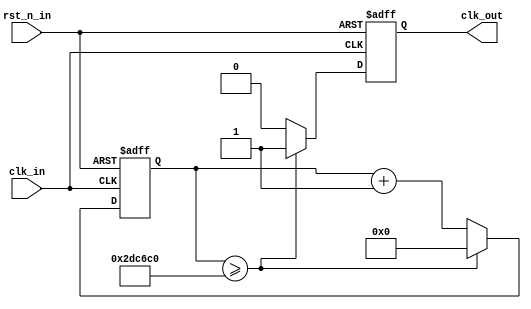
// --------------------------------------------------------------------
// >>>>>>>>>>>>>>>>>>>>>>>>> COPYRIGHT NOTICE <<<<<<<<<<<<<<<<<<<<<<<<<
// --------------------------------------------------------------------
// Module: clk_quarter
// 
// 
// Description:  4HZ
// 
// Web: www.stepfpga.com
// 
// --------------------------------------------------------------------
// Code Revision History :
// --------------------------------------------------------------------
// Version: |Mod. Date:   |Changes Made:
// V1.0     |2017/06/05   |Initial ver
//---------------------------------------------------------------------
module clk_quarter(
	input wire clk_in,rst_n_in,
	output reg clk_out
);

	localparam counter_max = 32'd3000000;   // 25MHz*0.25s = 6250000
	reg [31:0]counter;
	
	always@(posedge clk_in or negedge rst_n_in)begin
		if(!rst_n_in)begin
			counter <= 0;
			clk_out <= 1'b0;
		end
		else begin
			if(counter >= counter_max)begin
				counter <= 0;
				clk_out <= 1'b1;
			end
			else begin
				counter <= counter + 1'b1;
				clk_out <= 1'b0;
			end
		end
	end
	
endmodule